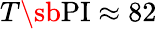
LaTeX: T\sb{\textnormal{PI}}\approx 82